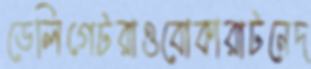
ডেলিগেটরাওবোকারাটনেদ্